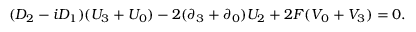
( D _ { 2 } - i D _ { 1 } ) ( U _ { 3 } + U _ { 0 } ) - 2 ( \partial _ { 3 } + \partial _ { 0 } ) U _ { 2 } + 2 { \cal { F } } ( V _ { 0 } + V _ { 3 } ) = 0 .